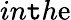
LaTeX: in\mathtt{t}h\mathrm{e}